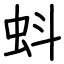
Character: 蚪